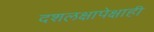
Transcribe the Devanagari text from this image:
दशलक्षापेक्षाही